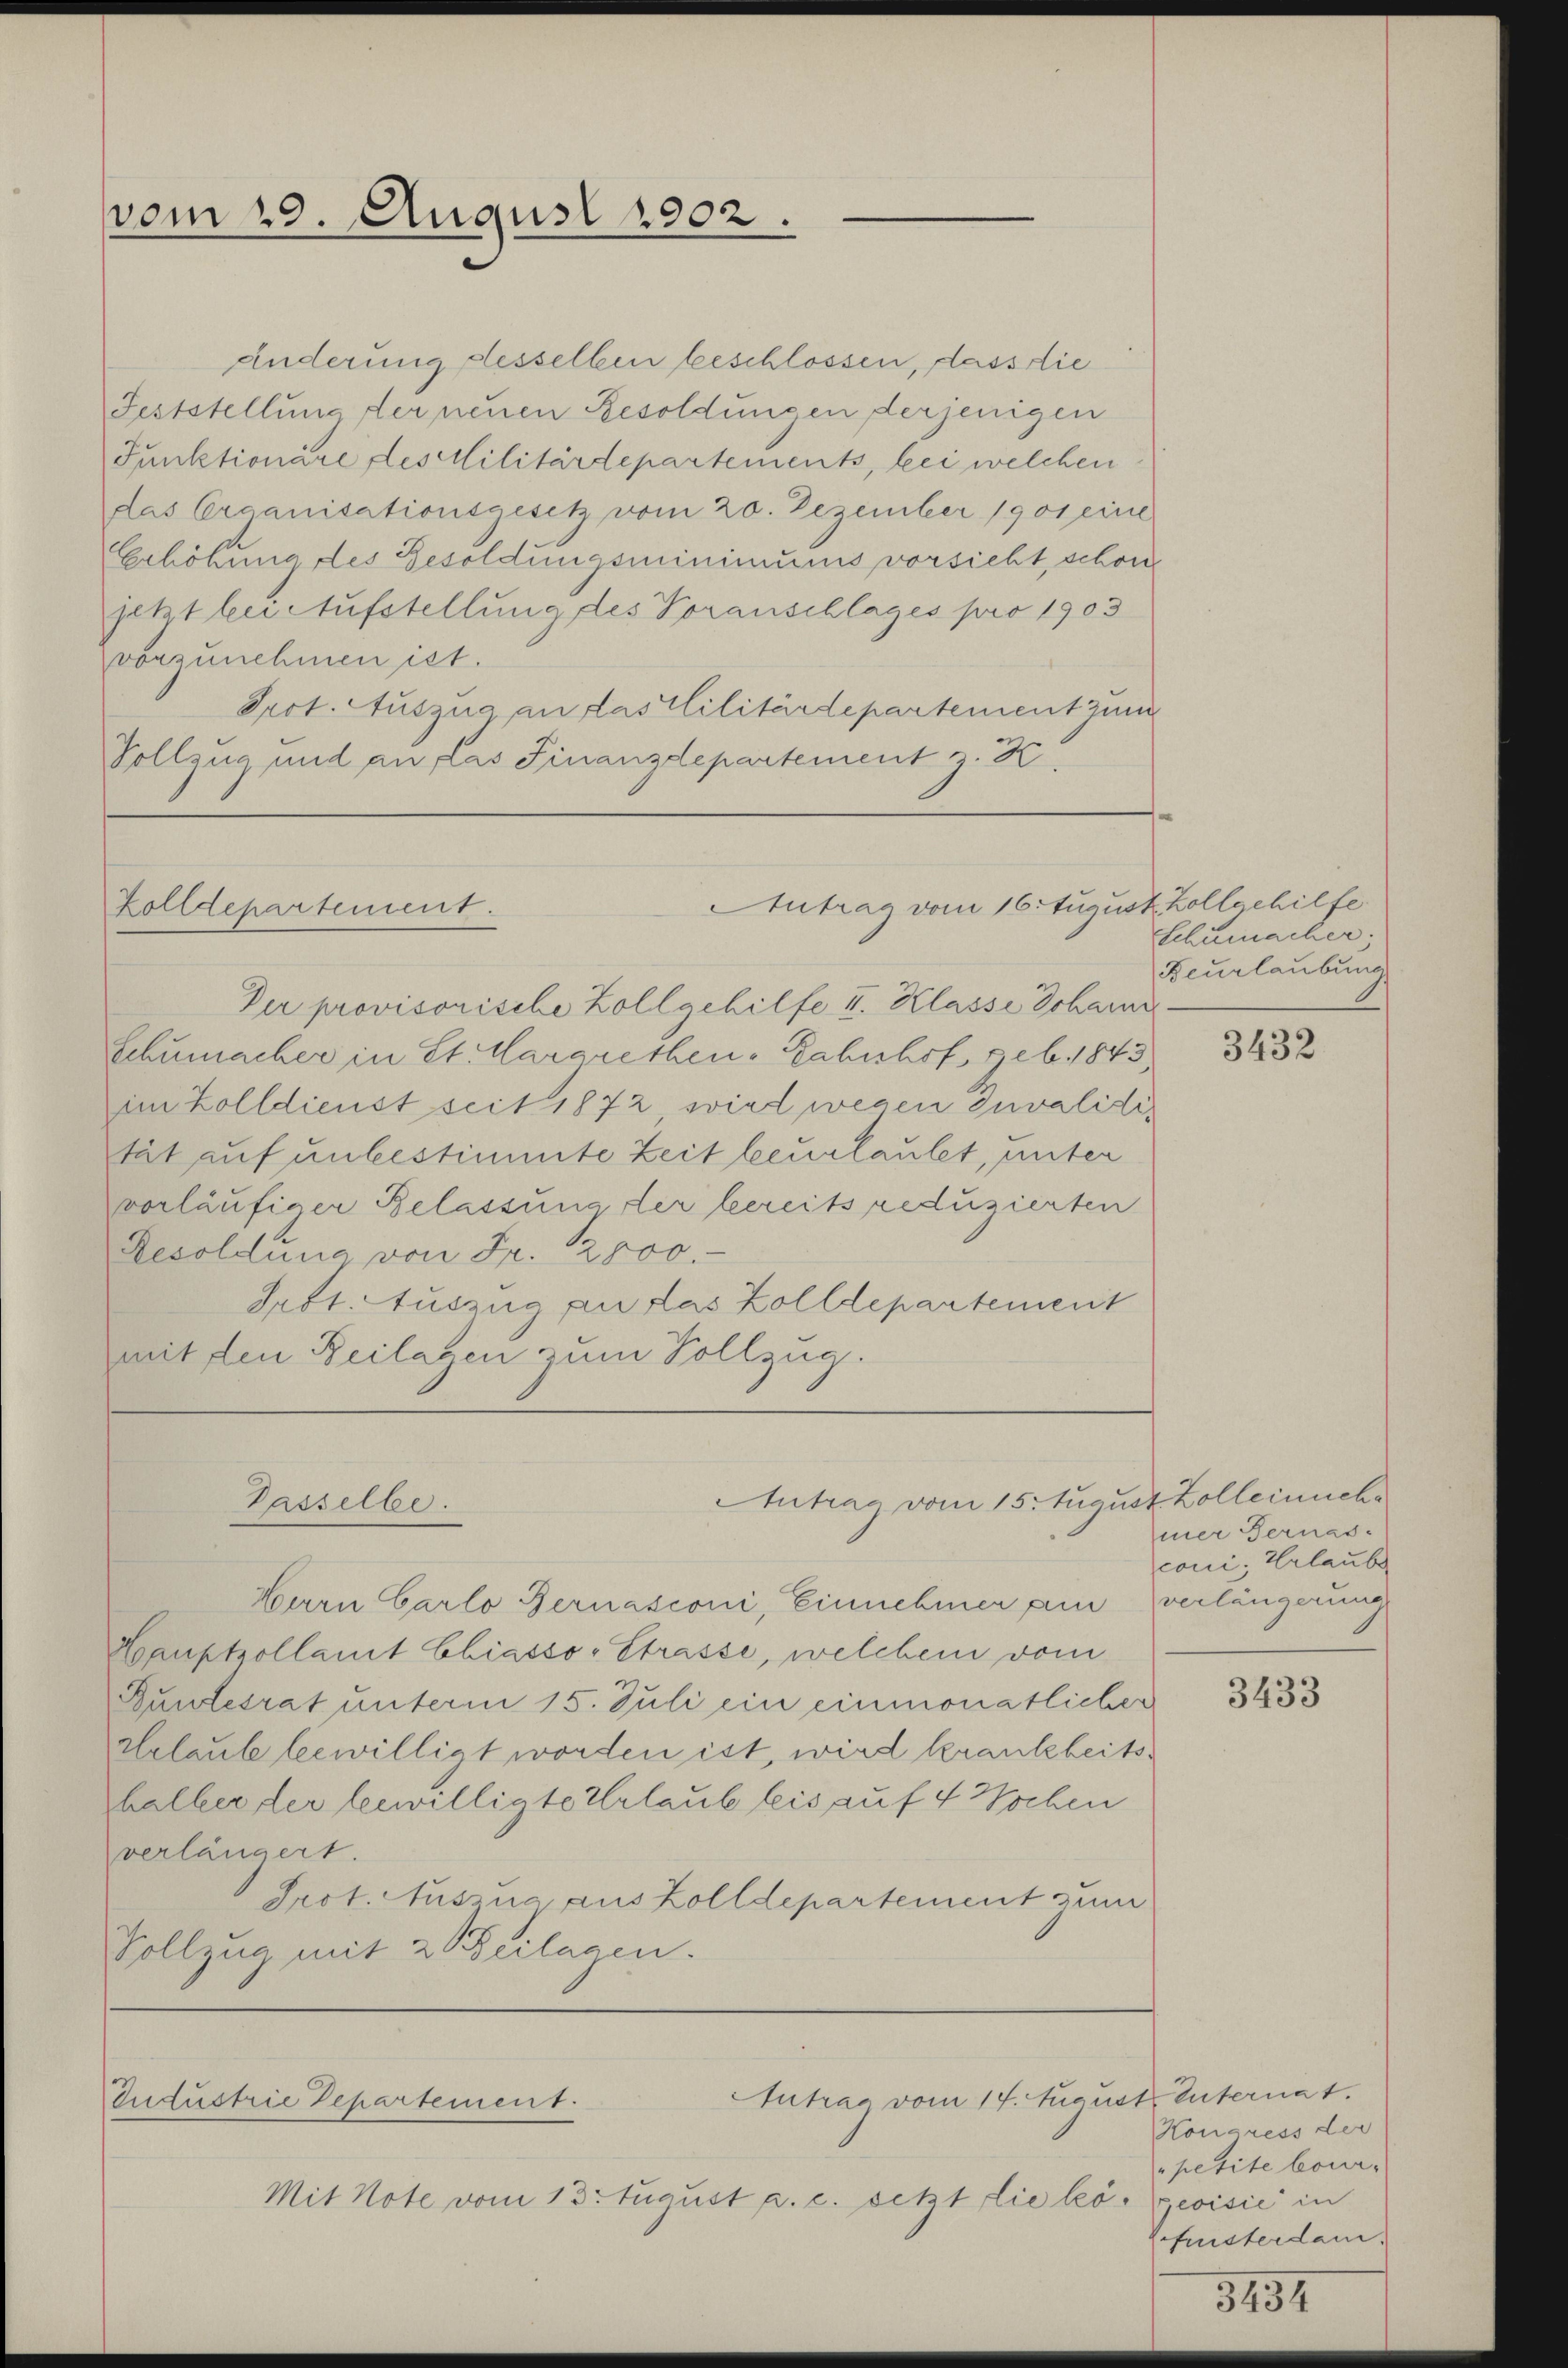
vom 29. August 1902.

änderung desselben beschlossen, dass die
Feststellung der neuen Besoldungen derjenigen
Funktionäre des Militärdepartements, bei welchen
das Orcanisationsgesetz vom 20. Dezember 1901 eine
Erhöhung des Besoldungsminimums vorsicht, schon
jetzt bei Aufstellung des Voranschlages pro 1903
vorzunehmen ist.
Pect. Auszug an das Militärdepartement zum
Vollzug und an las Finanzdepartement z. K.

Antrag vom 16. August.
Zolldepartement.

Passelbe.

Der provisorische Zollgehilfe I. Klasse Schanz
Schumacher in St. Mararethen-Bahnhof, geb. 1843
im Zolldienst seit 1872 wird wegen Invalidität auf unbestimmte Zeit beurlaubet, unter
vorläufiger Belassung der bereits reduzierten
Resoldung von Fr. 2000.-
Prst. Auszug an das Zolldepartement
mit den Beilagen zum Vollzug.

Harn Carlo Bernasconi, Einnehmer am verlängerung
Hauptzollamt Chiasso -Strasse, welchem vom
Bundesrat unterm 15. Juli ein einmonatlicher
Helaub bewilligt worden ist, wird krankheitshalber der bewilligte Urlaub leis auf 4 Wochen
verlängert.
Prot. Auszug aus Zolldepartement zum
Vollzug mit 20 Beilagen.
Antrag vom 14. August Enternat.
Industrie Departement.
Mit Note vom 13. August a. c. setzt die kö. Geoisić in

Antrag vom 15. August Zolleinche

4 Zollechilfe
Schumacher;
Beurlaubung

3432

mer Sernas.
coni, Erlaube

3433

Kongress der
petite bour-
fristerdam.

3434